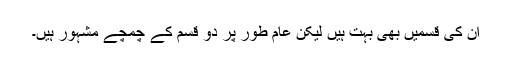
ان کی قسمیں بھی بہت ہیں لیکن عام طور پر دو قسم کے چمچے مشہور ہیں۔